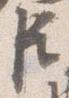
臣